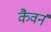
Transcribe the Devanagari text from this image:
कैवर्न